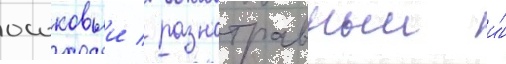
осоковыи / разнотравныи и́